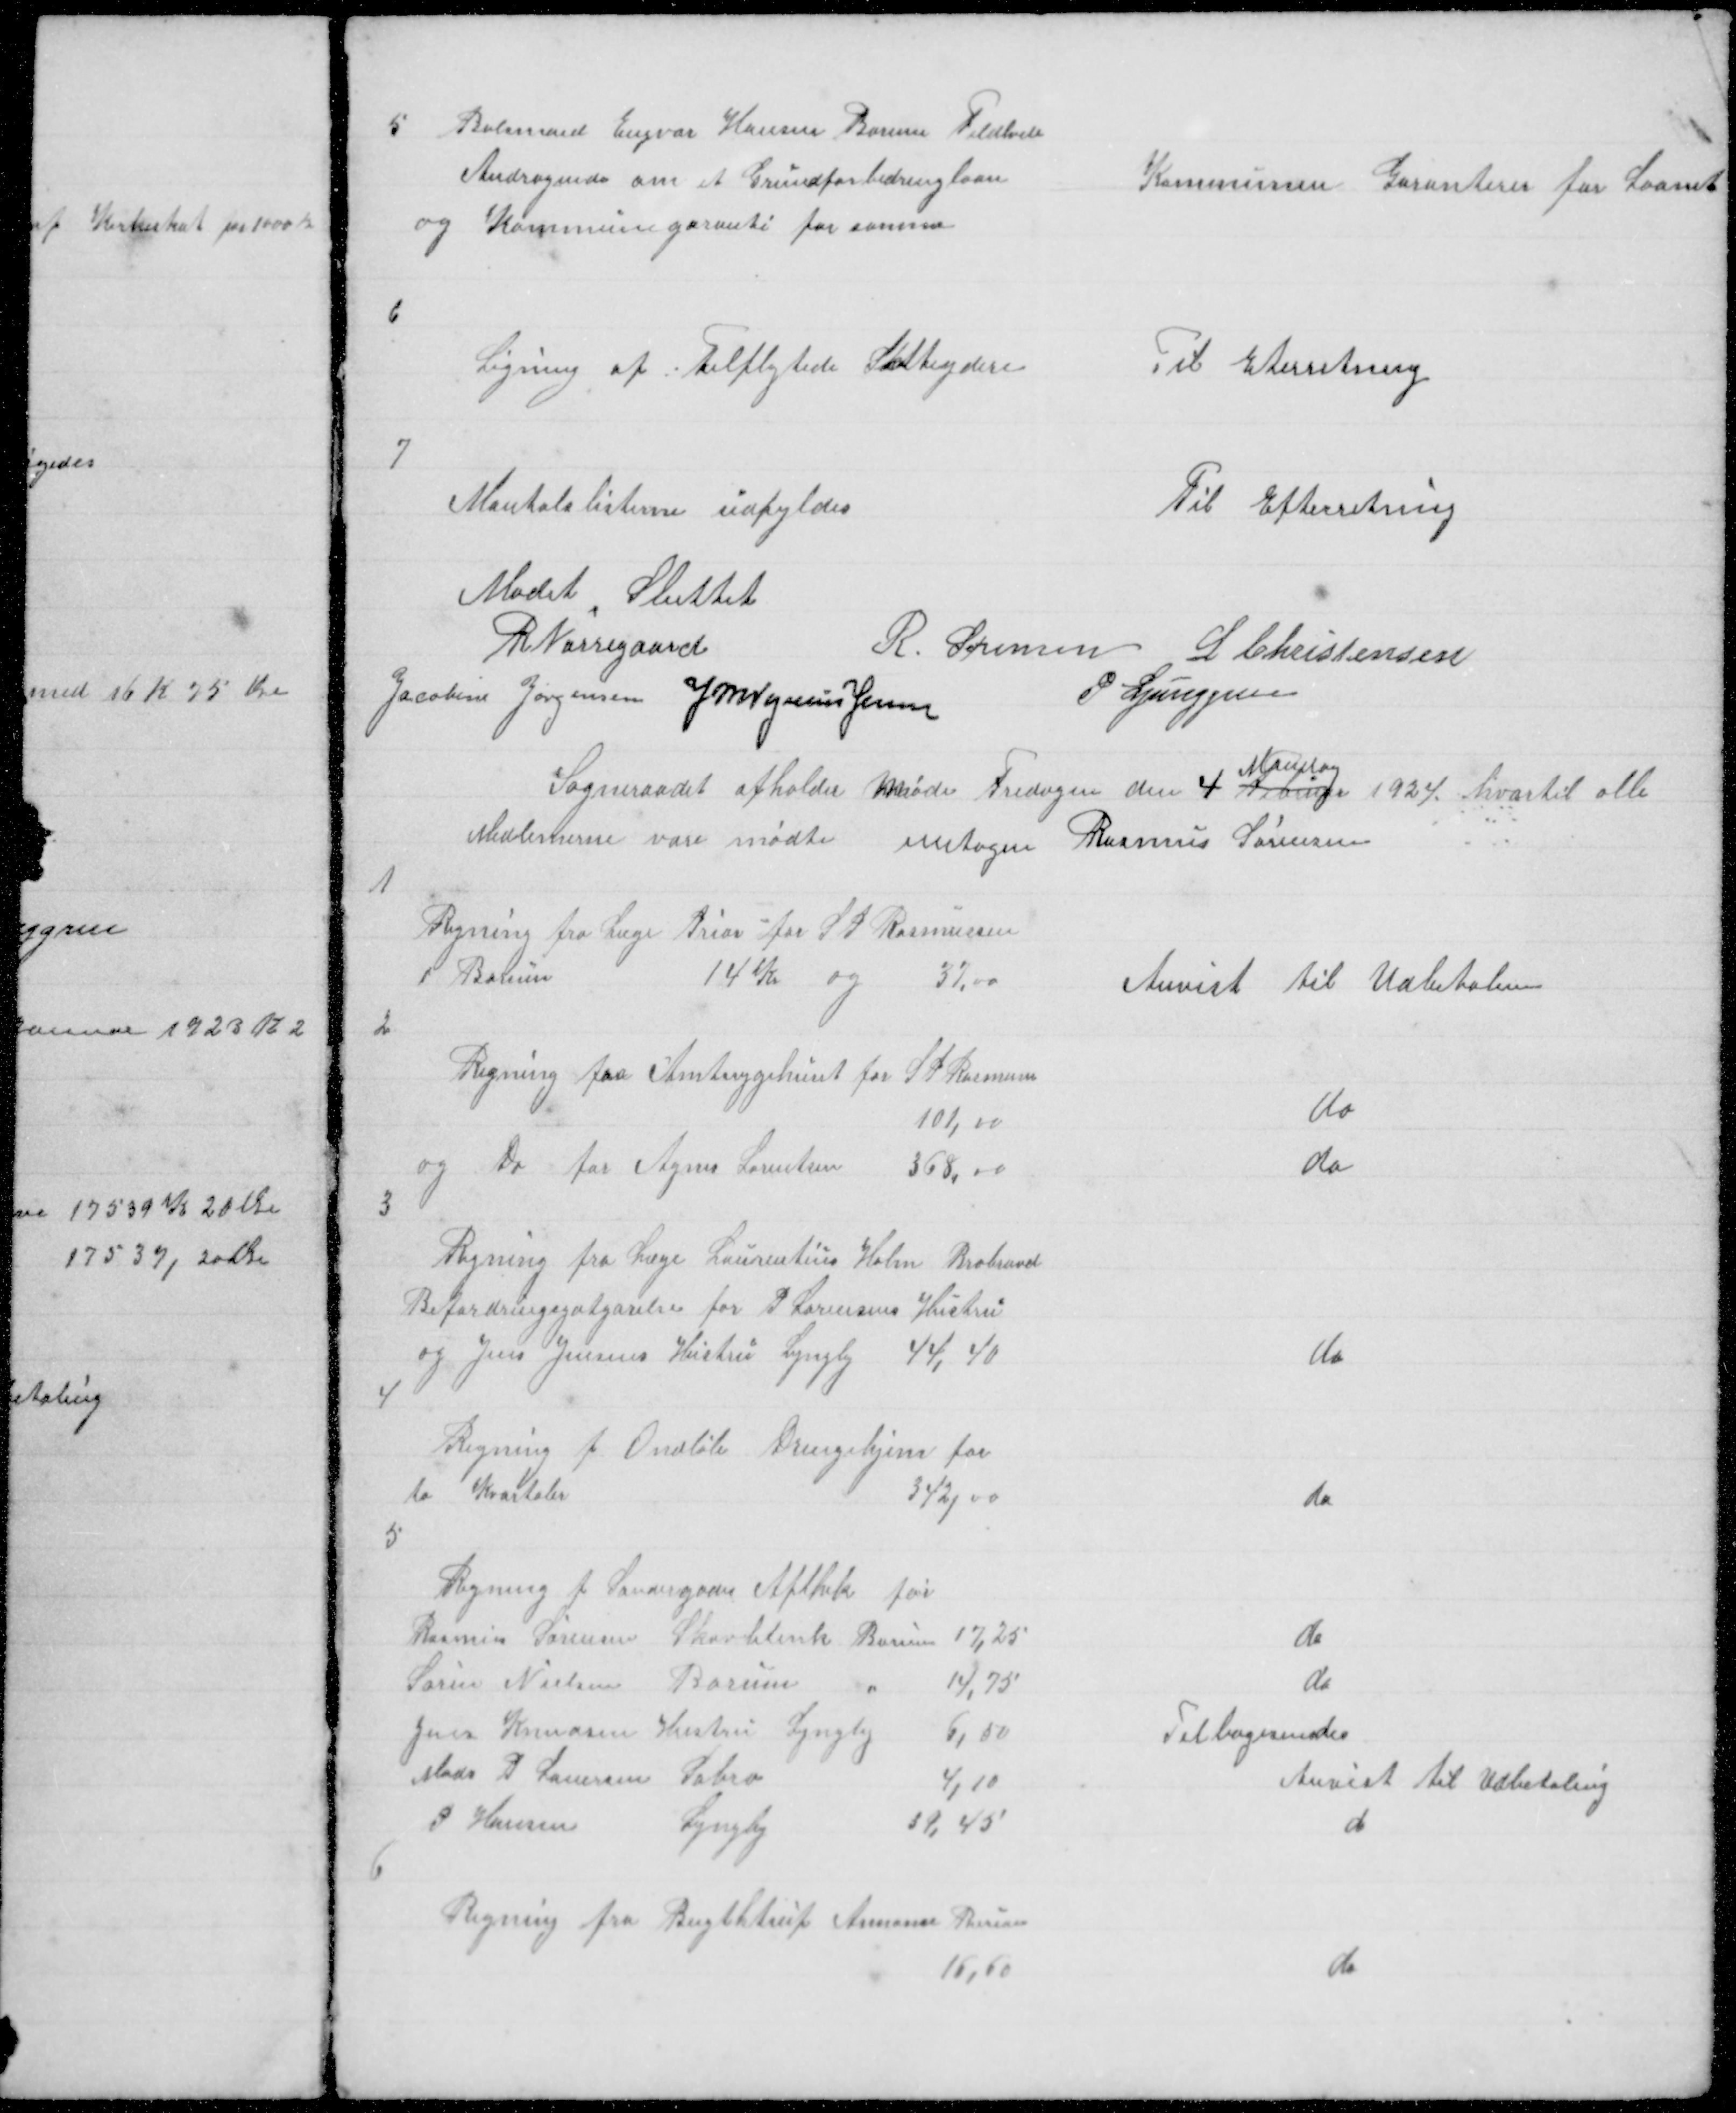
Transskription:
5

Bolsmand Engvar Hansen Borum Feldhede
Andragende om et Grundforbedringslaan
og Kommunegaranti for samme

Kommunen Garanterer for Laanet

6

Ligning af Tilflytede Skatteydere

Til Eterretning

7

Mantalslisterne udfyldes

Til Efterretning

Mødet Sluttet
R Nørregaard
R. Sørensen L Christensen
Jacobine Jørgensen J M Vogelius Jensen
P Ljunggren
Sogneraadet afholder Møde Fredagen den 4 Februar
Mandag
1924 hvortil alle
Medlemerne vare mødte untagen Rasmus Sørensen
1

Regning fra Læge Prior for S P Rasmussen
i Borum
14 Kr
og
37,00

Anvist til Udbetalin

2

Regning fra Amtssygehuset for S P Rasmusen
101,00

do

og Do for Agnes Lorentsen 368, 00

do

3

Regning fra læge Laurentius Holm Brabrand
Befordringsgotgørelse for P Lorensens Hustru
og Jens Jensens Hustru Lyngby 44,40

do

4

Regning f Ondløle Drengehjem for
to Kvartaler
342,00

do

5
Regning f Søndergades Apthek for
Rasmus Sørensen Skovblink Borum 17,25
Søren Nielsen Borum
14,75
Jens Knudsen Hustru Lyngby
6,50
Mads D Lauersen Sabro
4,10
P Hansen
Lyngby
39,45
6

do
do
Tilbagesendes
Anvist til Udbetaling
d

Regning fra Bugthtrup Annonce Bureau
16,60

do